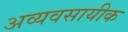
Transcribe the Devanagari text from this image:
अव्यवसायीक